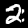
Digit: 2